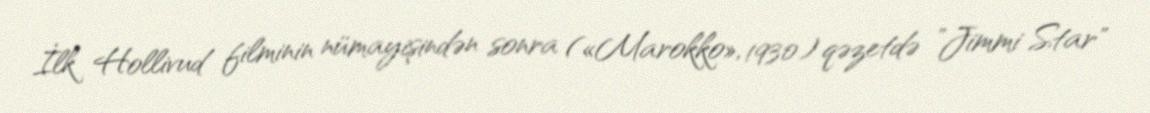
İlk Hollivud filminin nümayişindən sonra («Marokko», 1930) qəzetdə "Jimmi Star"